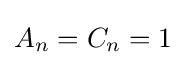
A_{n}=C_{n}=1